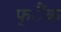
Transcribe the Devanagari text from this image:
फ्ैंक